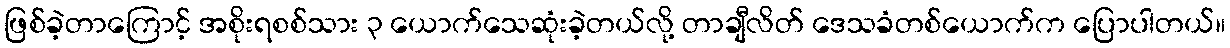
ဖြစ်ခဲ့တာကြောင့် အစိုးရစစ်သား ၃ ယောက်သေဆုံးခဲ့တယ်လို့ တာချီလိတ် ဒေသခံတစ်ယောက်က ပြောပါတယ်။